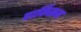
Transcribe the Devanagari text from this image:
पार्किसन